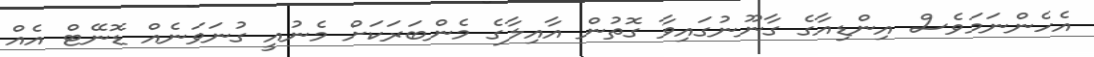
އެހެންނަމަވެސް އިންޑިއާގެ ގާނޫނުގައިވާ ގޮތުން އާއިލާގެ މެންބަރަކަށް މެނުއީ ގުނަވަނެއް ޑޮނޭޓް އެއް